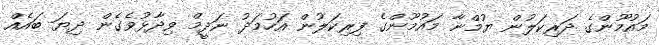
މައުމޫންގެ ދަރިކަލުން ޔުމްނާ މައުމޫންގެ ފިރިކަލުން އަހުމަދު ނަދީމް ވިދާޅުވެގެން ދިޔަ ބައެއް